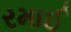
રમાઈ